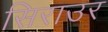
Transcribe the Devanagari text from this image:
सिराउर